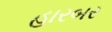
હારબર